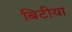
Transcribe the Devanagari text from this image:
बिटीया